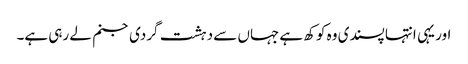
اور یہی انتہا پسندی وہ کوکھ ہے جہاں سے دہشت گردی جنم لے رہی ہے۔